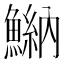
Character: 𩹾